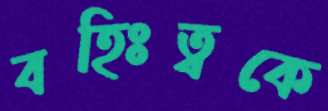
বহিঃত্বকে